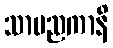
သာမညကာနိ